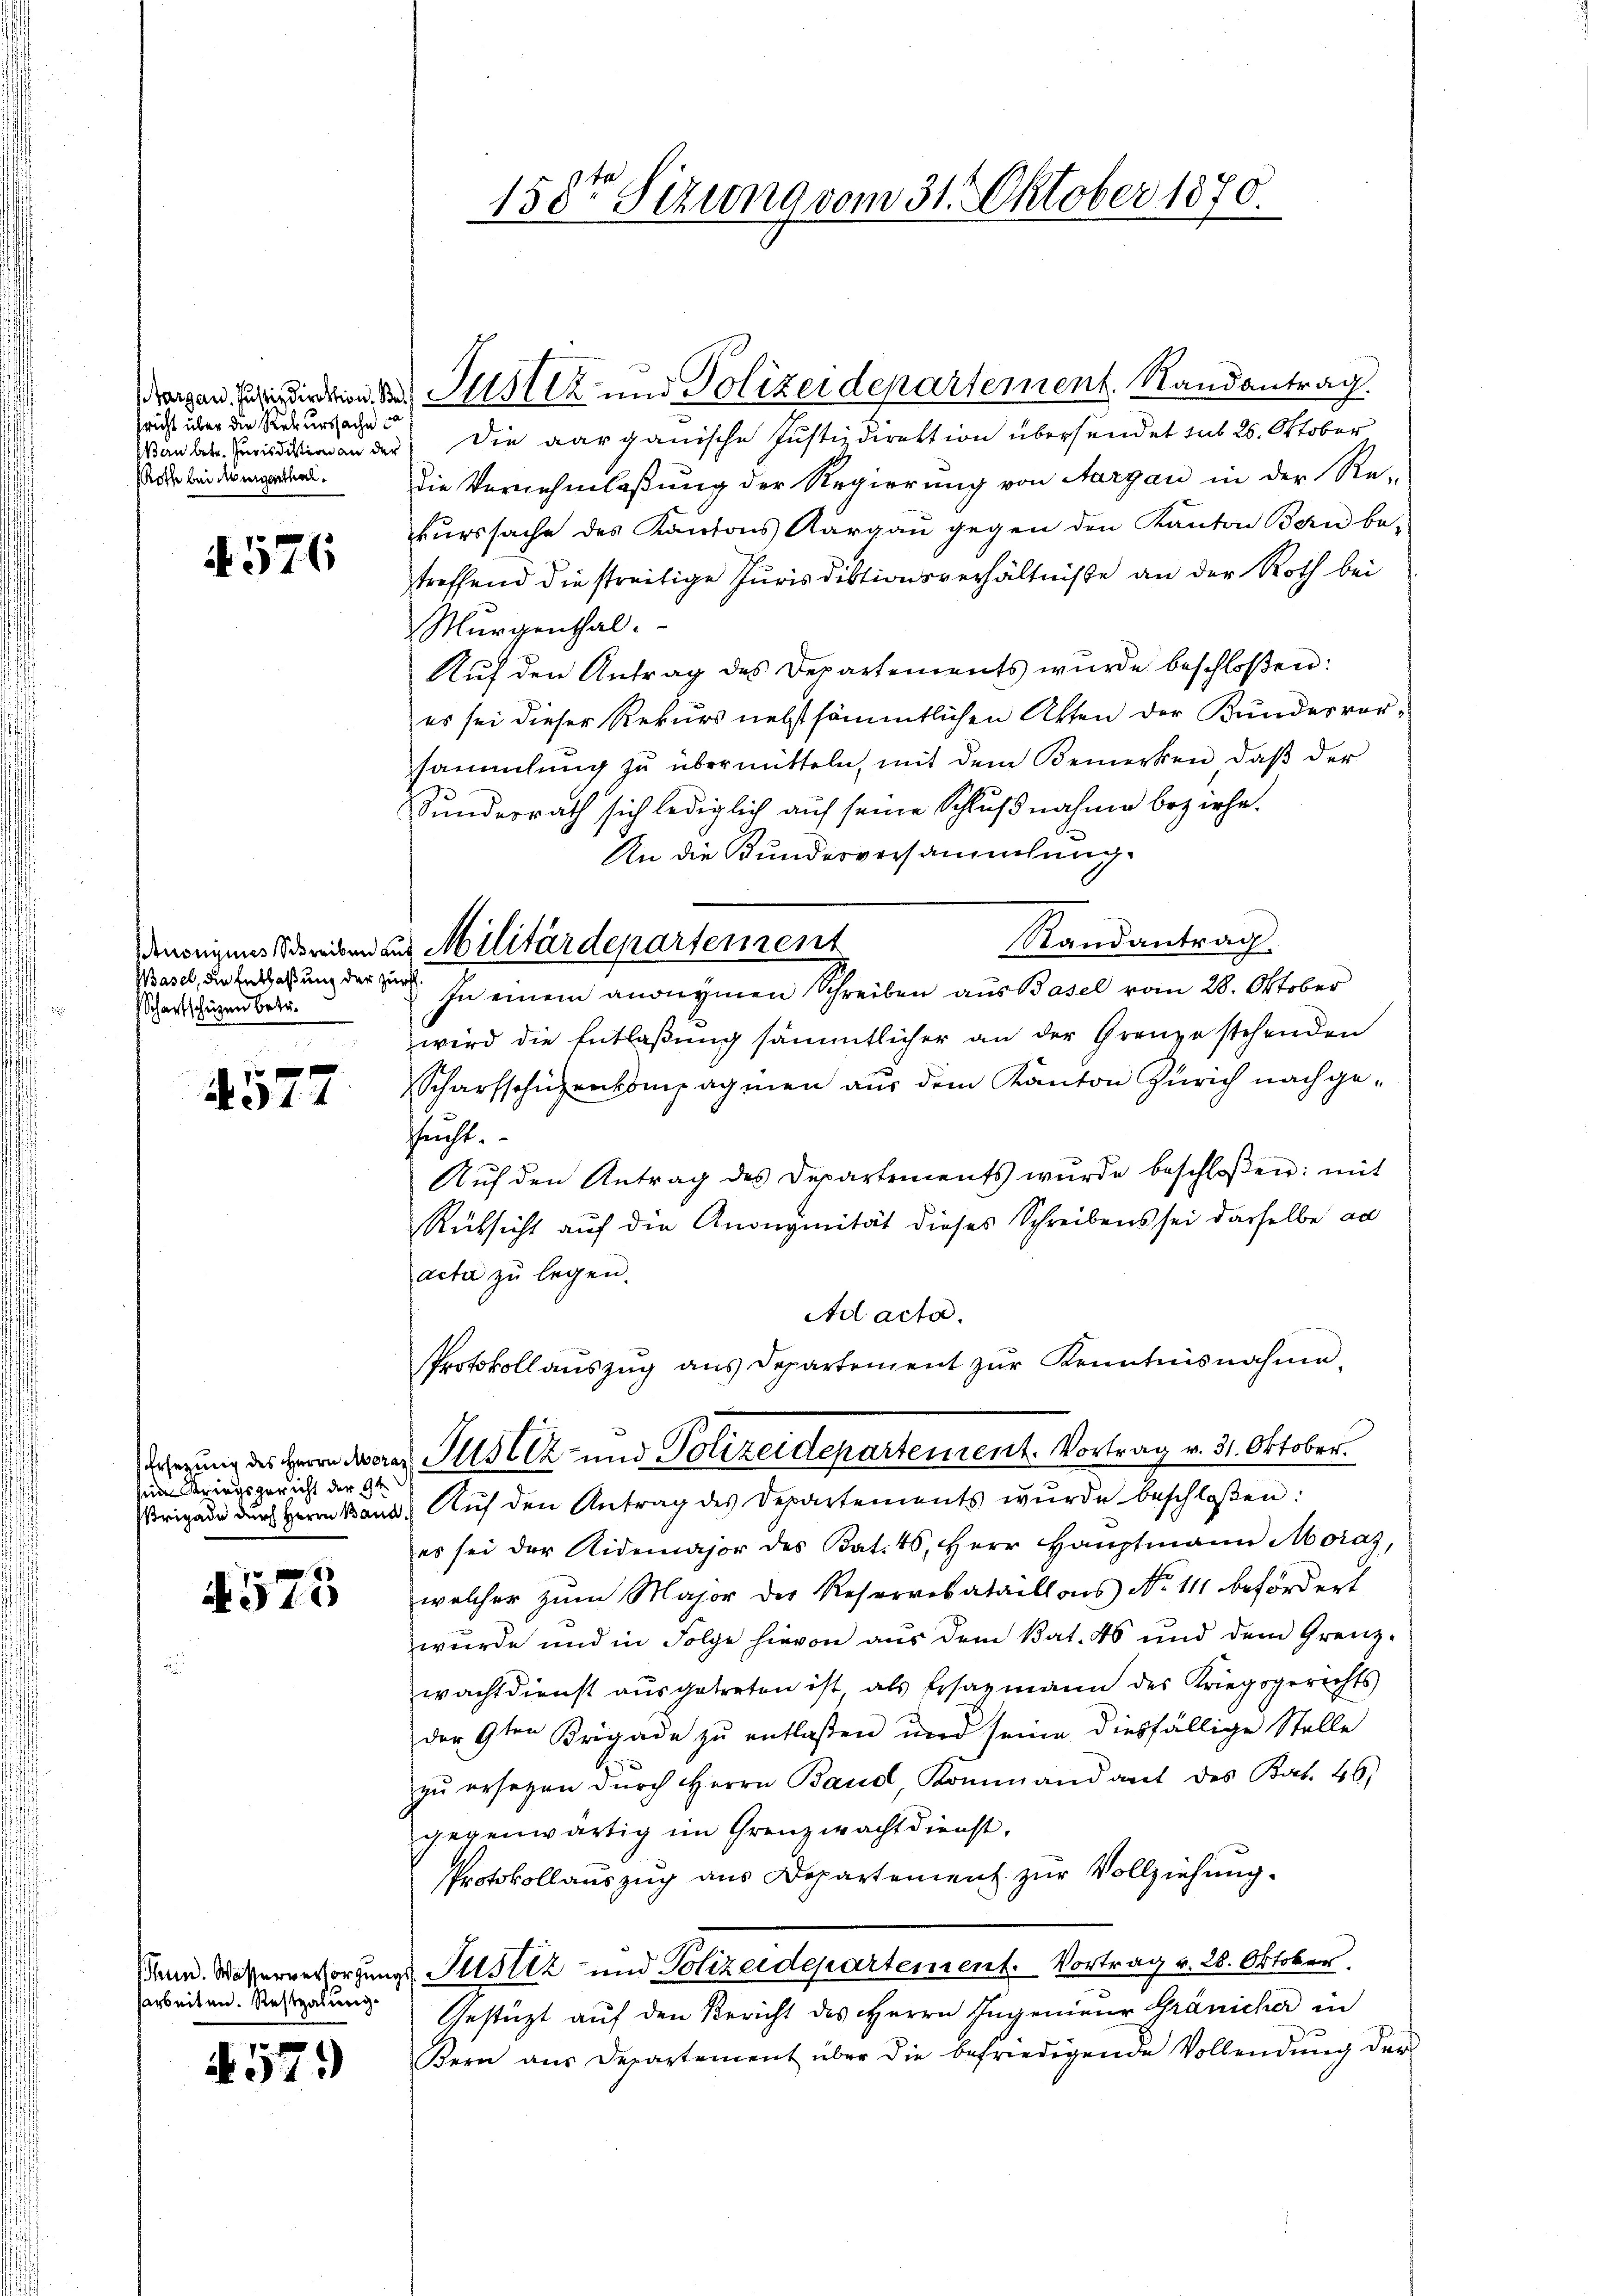
sricht über die Rekurssache ca
Man betr. Jurisdiktion an der
Roth bei Augenthal.

576

Basel, die Entlaßung der zu
Schartschuzen betr.

4577

Ersezung des Herrn Mora
sein Kriegsgericht der 9ten
Brigade durch Herrn Band

1
310

shun. Wasserversorgung
arbeiten. Restzalung.

579

158ten Sizung vom 31. Oktober 1870.

dragen Ende Justiz und Polizeidepartement. Randantrag.

densrigens Streiben aus Militärdepartement
f

Die aarganische Justizdirektion übersendet sub 26. Oktober
Die Vernehmlaßung der Regierung von Aargau in der Re-
kurssache des Kantons Aargau gegen den Kanton Bern be-
treffend die streitige Jurisdiktionsverhältnisse an der Roth bei
Murgenthal.
Auf den Antrag des Departements wurde beschloßen:
es sei dieser Rekurs nebst sämmtlichen Akten der Kundesvorsammlung zu übermitteln, mit dem Bemerken, daß der
Sundesrath sich lediglich auf seine Schlußnahme beziehe.
An die Bundesversammlung.
Randantrag
In einem anonymen Schreiben aus Basel vom 28. Oktober
wird die Entlaßung sämmtlicher an der Grenze stehenden
Scharfschüzenkompagnien aus dem Kanton Zürich nachgesucht.
Aŭf den Antrag des Departements wurde beschloßen: mit
Rüksicht auf die Anongmität dieses Schreibens sei dasselbe an
acta zu legen.
Ad acta
PProtokollaŭszŭg ans Departement zŭr Kenntnisnahme
Justiz- und Polizeidepartement. Vortrag v. 31. Oktober.
Aŭf den Antrag des Departements wurde beschloßen:
es sei der Aidemajor des Bat. 46, Herr Hauptmann Moras,
welcher zum Major der Reservebataillons No 111 befördert
wurde und in Folge hievon aus dem Bat. 46 und dem Grenz-
wachtdienst aŭsgetreten ist als Ersazmann des Kriegsgerichts
der 9ten Brigade zu entlaßen und seine diesfällige Stelle
zŭ ersezen dŭrch Herrn Baud, Kommandant des Kat. 46.
gegenwärtig im Grenzwachtdienst,
Protokollauszug aus Departement zur Vollziehung.
z Justiz- und Polizeidepartement. Vortrag v. 28. Oktober
Gestüzt auf den Bericht des HHerrn Ingenieur Gränicher in
Bern ans Departement über die befriedigende Vollendŭng der